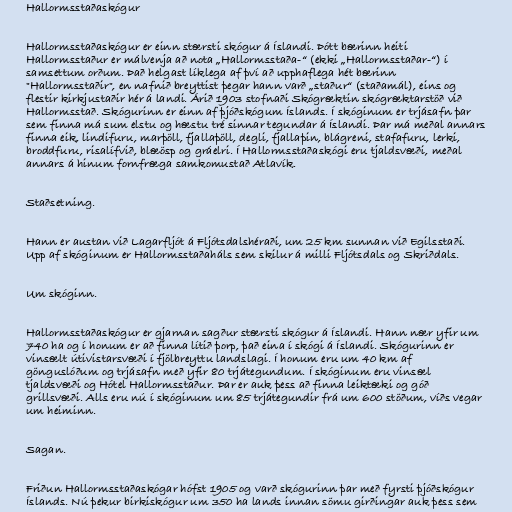
Hallormsstaðaskógur

Hallormsstaðaskógur er einn stærsti skógur á Íslandi. Þótt bærinn heiti
Hallormsstaður er málvenja að nota „Hallormsstaða-“ (ekki „Hallormsstaðar-“) í
samsettum orðum. Það helgast líklega af því að upphaflega hét bærinn
"Hallormsstaðir", en nafnið breyttist þegar hann varð „staður“ (staðamál), eins og
flestir kirkjustaðir hér á landi. Árið 1903 stofnaði Skógræktin skógræktarstöð við
Hallormsstað. Skógurinn er einn af þjóðskógum Íslands. Í skóginum er trjásafn þar
sem finna má sum elstu og hæstu tré sinnar tegundar á Íslandi. Þar má meðal annars
finna eik, lindifuru, marþöll, fjallaþöll, degli, fjallaþin, blágreni, stafafuru, lerki,
broddfuru, risalífvið, blæösp og gráelri. Í Hallormsstaðaskógi eru tjaldsvæði, meðal
annars á hinum fornfræga samkomustað Atlavík.

Staðsetning.

Hann er austan við Lagarfljót á Fljótsdalshéraði, um 25 km sunnan við Egilsstaði.
Upp af skóginum er Hallormsstaðaháls sem skilur á milli Fljótsdals og Skriðdals.

Um skóginn.

Hallormsstaðaskógur er gjarnan sagður stærsti skógur á Íslandi. Hann nær yfir um
740 ha og í honum er að finna lítið þorp, það eina í skógi á Íslandi. Skógurinn er
vinsælt útivistarsvæði í fjölbreyttu landslagi. Í honum eru um 40 km af
gönguslóðum og trjásafn með yfir 80 trjátegundum. Í skóginum eru vinsæl
tjaldsvæði og Hótel Hallormsstaður. Þar er auk þess að finna leiktæki og góð
grillsvæði. Alls eru nú í skóginum um 85 trjátegundir frá um 600 stöðum, víðs vegar
um heiminn.

Sagan.

Friðun Hallormsstaðaskógar hófst 1905 og varð skógurinn þar með fyrsti þjóðskógur
Íslands. Nú þekur birkiskógur um 350 ha lands innan sömu girðingar auk þess sem